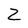
Character: Z